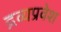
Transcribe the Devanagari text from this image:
द्रव्यप्रवेश